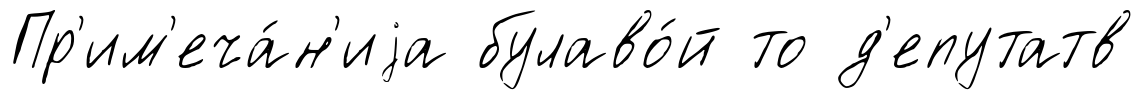
Пр'им'еча́н'иjа булаво́й то д'епутатв